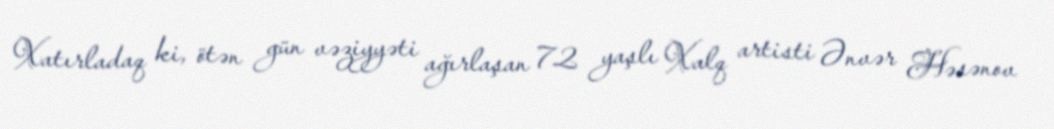
Xatırladaq ki, ötən gün vəziyyəti ağırlaşan 72 yaşlı Xalq artisti Ənvər Həsənov